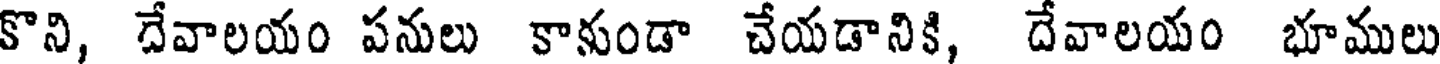
కొని, దేవాలయం పనులు కాకుండా చేయడానికి, దేవాలయం భూములు